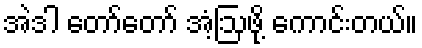
အဲဒါ တော်တော် အံ့ဩဖို့ ကောင်းတယ်။